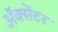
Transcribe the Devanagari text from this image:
ॲक्सेंटर